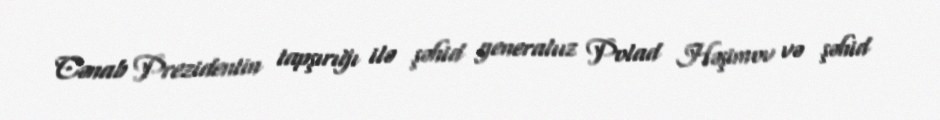
Cənab Prezidentin tapşırığı ilə şəhid generalıız Polad Həşimov və şəhid